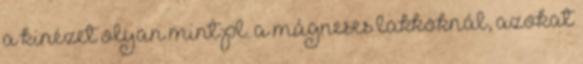
a kinézet olyan mint pl. a mágneses lakkoknál, azokat